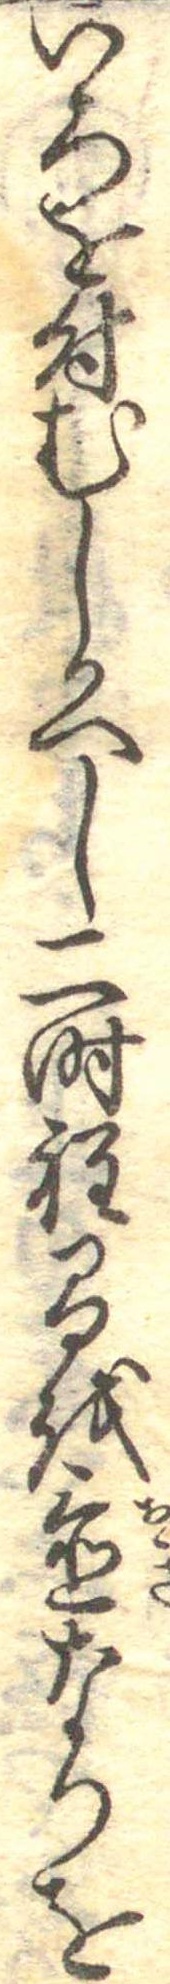
いろを付むしかへし二時程間を置なりを